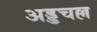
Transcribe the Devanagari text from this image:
अड्डचल्ल